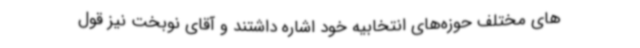
های مختلف حوزه‌های انتخابیه خود اشاره داشتند و آقای نوبخت نیز قول